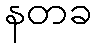
နတခ